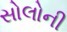
સોલોની